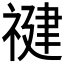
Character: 𰨍